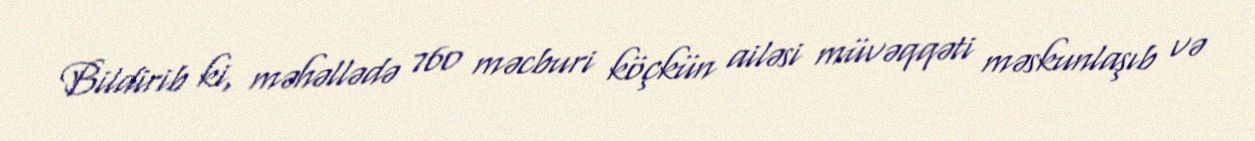
Bildirib ki, məhəllədə 760 məcburi köçkün ailəsi müvəqqəti məskunlaşıb və